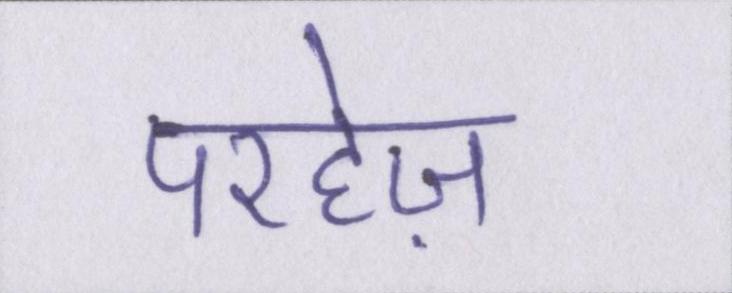
परहेज़